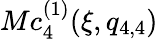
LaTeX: Mc_{4}^{(1)}(\xi,q_{4,4})